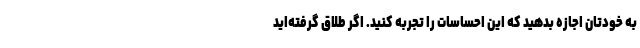
به خودتان اجازه بدهید که این احساسات را تجربه کنید. اگر طلاق گرفته‌اید